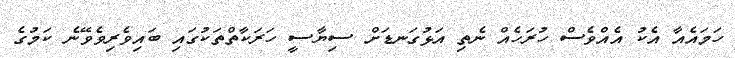
ހަމައެއާ އެކު އެއްވެސް ހުރަހެއް ނެތި އަޅުގަނޑަށް ސިޔާސީ ހަރަކާތްތަކުގައި ބައިވެރިވެވޭނެ ކަމުގެ